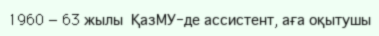
1960 — 63 жылы  ҚазМУ-де ассистент, аға оқытушы